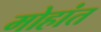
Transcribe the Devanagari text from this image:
मोहांत